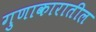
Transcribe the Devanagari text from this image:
गुणाकारातील